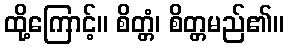
ထို့ကြောင့်။ စိတ္တံ၊ စိတ္တမည်၏။